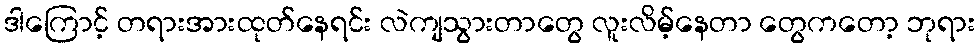
ဒါကြောင့် တရားအားထုတ်နေရင်း လဲကျသွားတာတွေ လူးလိမ့်နေတာ တွေကတော့ ဘုရား